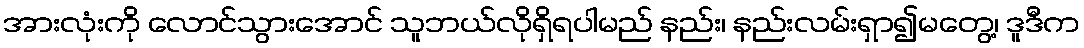
အားလုံးကို လောင်သွားအောင် သူဘယ်လိုရှိရပါမည် နည်း၊ နည်းလမ်းရှာ၍မတွေ့၊ ဒူဒီက